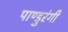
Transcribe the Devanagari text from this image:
पाण्डुरंगी